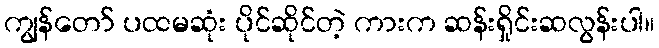
ကျွန်တော် ပထမဆုံး ပိုင်ဆိုင်တဲ့ ကားက ဆန်းရှိုင်းဆလွန်းပါ။